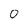
Character: 0